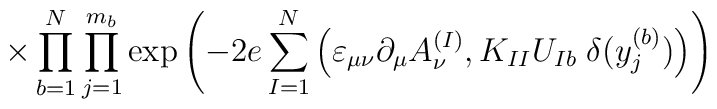
\times \prod_{b=1}^N\prod_{j=1}^{m_b} \exp \left(- 2e \sum_{I=1}^N \Big( \varepsilon_{\mu \nu} \partial_\mu A^{(I)}_\nu,K_{I I} U_{I b} \; \delta(y_j^{(b)}) \Big) \right)